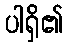
ပါရှိ၏